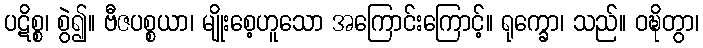
ပဋိစ္စ၊ စွဲ၍။ ဗီဇပစ္စယာ၊ မျိုးစေ့ဟူသော အကြောင်းကြောင့်။ ရုက္ခော၊ သည်။ ဝဍ္ဎိတွာ၊